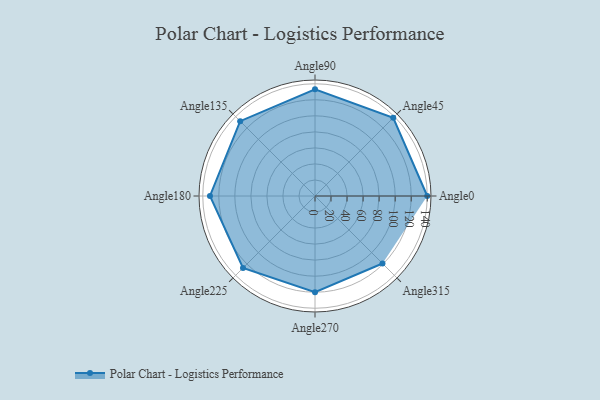
{"axis": {"x": "Angle", "y": "Radius"}, "legend": [""], "data": [{"x": "Angle0", "y": 140.0, "type": ""}, {"x": "Angle45", "y": 138.0, "type": ""}, {"x": "Angle90", "y": 133.0, "type": ""}, {"x": "Angle135", "y": 132.0, "type": ""}, {"x": "Angle180", "y": 131.0, "type": ""}, {"x": "Angle225", "y": 127.0, "type": ""}, {"x": "Angle270", "y": 120.0, "type": ""}, {"x": "Angle315", "y": 119.0, "type": ""}]}